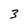
Character: 3